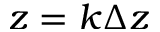
z = k \Delta z